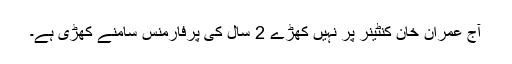
آج عمران خان کنٹینر پر نہیں کھڑے 2 سال کی پرفارمنس سامنے کھڑی ہے۔